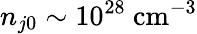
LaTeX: n_{j0}\sim 10^{28}~\mathrm{{cm}^{-3}}